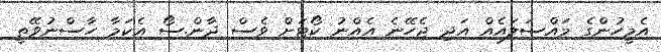
އެމީހުންގެ މައްސަލައެއް އަދި ޖެހޭނެ އެއްނު ކޯޓަށް ވެސް ދާން.ސޯ އެކަމާ ހާސްނުވޭތީ